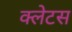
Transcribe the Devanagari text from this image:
क्लेटस